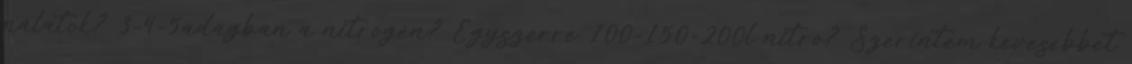
nálatok? 3-4-5adagban a nitrogén? Egyszerre 100-150-200l nitro? Szerintem kevesebbet